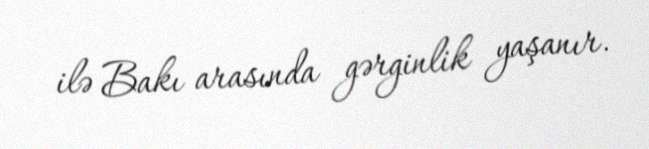
ilə Bakı arasında gərginlik yaşanır.